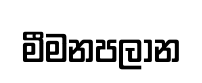
මීමනපලාන